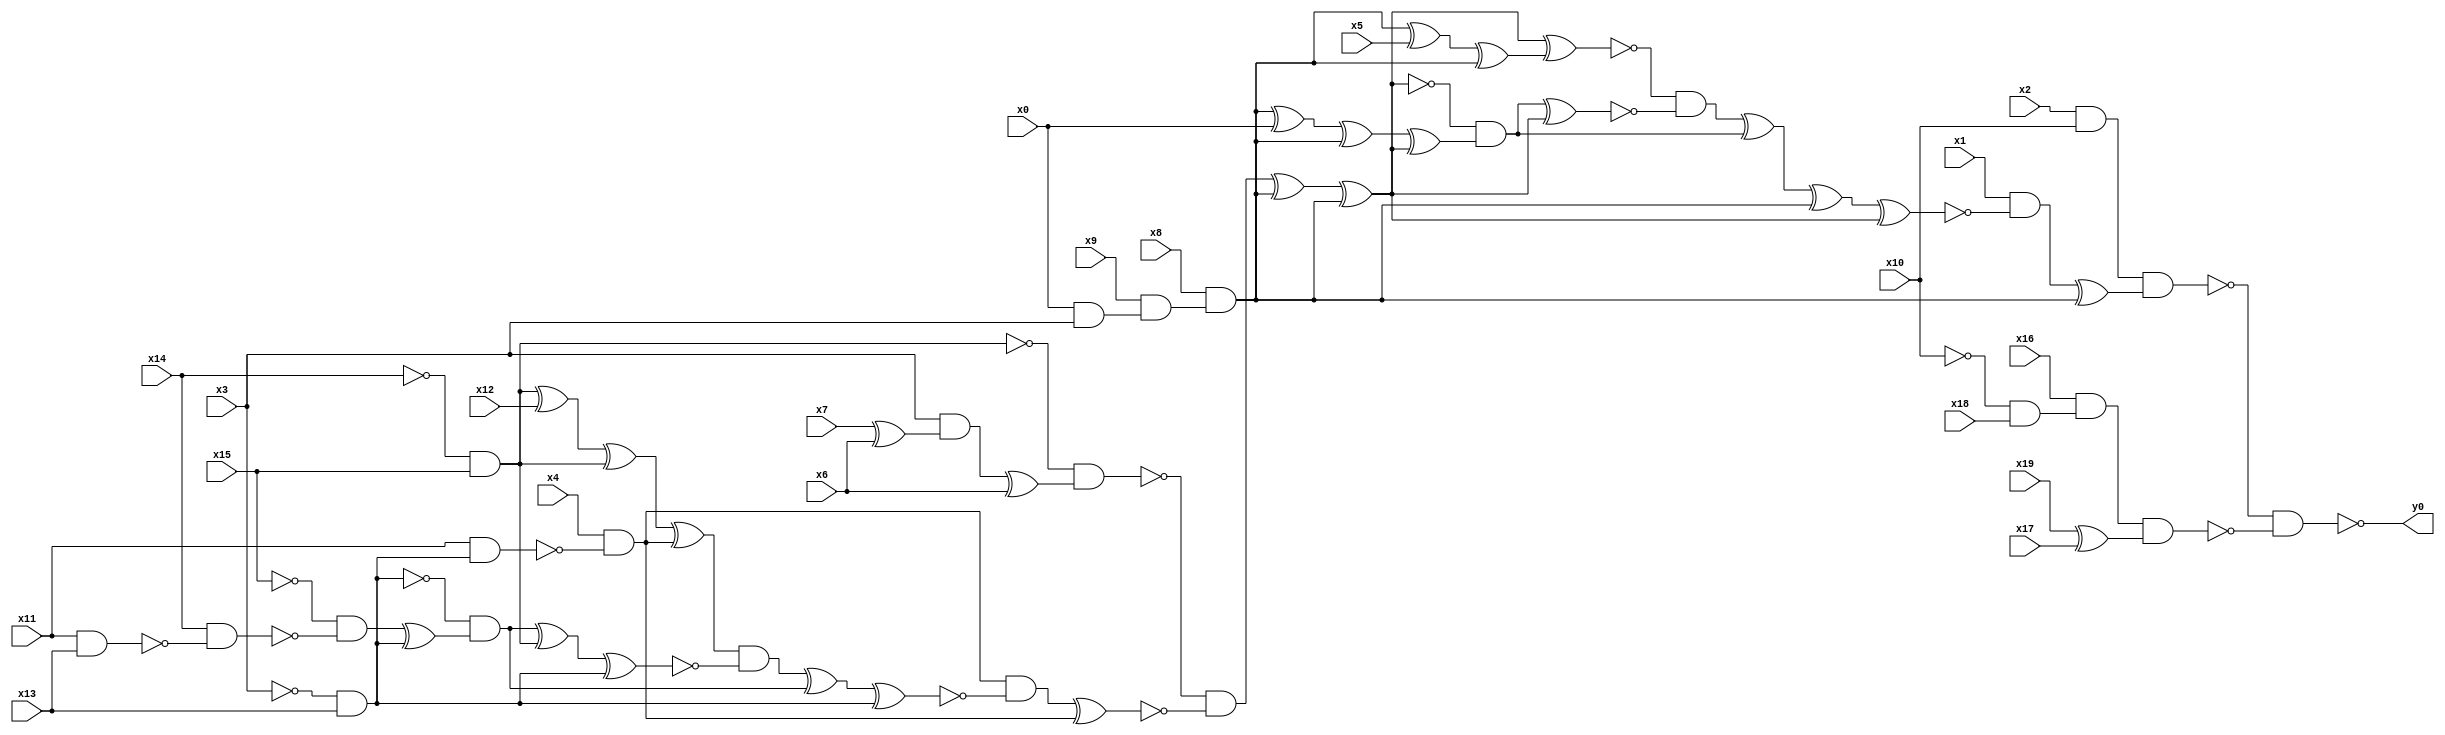
module top( x0 , x1 , x2 , x3 , x4 , x5 , x6 , x7 , x8 , x9 , x10 , x11 , x12 , x13 , x14 , x15 , x16 , x17 , x18 , x19 , y0 );
  input x0 , x1 , x2 , x3 , x4 , x5 , x6 , x7 , x8 , x9 , x10 , x11 , x12 , x13 , x14 , x15 , x16 , x17 , x18 , x19 ;
  output y0 ;
  wire n21 , n22 , n23 , n24 , n25 , n26 , n27 , n28 , n29 , n30 , n31 , n32 , n33 , n34 , n35 , n36 , n37 , n38 , n39 , n40 , n41 , n42 , n43 , n44 , n45 , n46 , n47 , n48 , n49 , n50 , n51 , n52 , n53 , n54 , n55 , n56 , n57 , n58 , n59 , n60 , n61 , n62 , n63 , n64 , n65 , n66 , n67 , n68 , n69 , n70 ;
  assign n21 = x2 & x10 ;
  assign n27 = ~x14 & x15 ;
  assign n28 = x7 ^ x6 ;
  assign n29 = x3 & n28 ;
  assign n30 = n29 ^ x6 ;
  assign n31 = ~n27 & n30 ;
  assign n32 = ~x3 & x13 ;
  assign n33 = x11 & n32 ;
  assign n34 = x4 & ~n33 ;
  assign n35 = n27 ^ x12 ;
  assign n36 = n35 ^ n27 ;
  assign n37 = n36 ^ n34 ;
  assign n38 = x11 & x13 ;
  assign n39 = x14 & ~n38 ;
  assign n40 = ~x15 & ~n39 ;
  assign n41 = n40 ^ n32 ;
  assign n42 = ~n32 & n41 ;
  assign n43 = n42 ^ n27 ;
  assign n44 = n43 ^ n32 ;
  assign n45 = n37 & ~n44 ;
  assign n46 = n45 ^ n42 ;
  assign n47 = n46 ^ n32 ;
  assign n48 = n34 & ~n47 ;
  assign n49 = n48 ^ n34 ;
  assign n50 = ~n31 & ~n49 ;
  assign n22 = x0 & x3 ;
  assign n23 = x9 & n22 ;
  assign n24 = x8 & n23 ;
  assign n51 = n50 ^ n24 ;
  assign n52 = n51 ^ n24 ;
  assign n25 = n24 ^ x5 ;
  assign n26 = n25 ^ n24 ;
  assign n53 = n52 ^ n26 ;
  assign n54 = n24 ^ x0 ;
  assign n55 = n54 ^ n24 ;
  assign n56 = n55 ^ n52 ;
  assign n57 = ~n52 & n56 ;
  assign n58 = n57 ^ n52 ;
  assign n59 = ~n53 & ~n58 ;
  assign n60 = n59 ^ n57 ;
  assign n61 = n60 ^ n24 ;
  assign n62 = n61 ^ n52 ;
  assign n63 = x1 & ~n62 ;
  assign n64 = n63 ^ n24 ;
  assign n65 = n21 & n64 ;
  assign n66 = ~x10 & x18 ;
  assign n67 = x16 & n66 ;
  assign n68 = x19 ^ x17 ;
  assign n69 = n67 & n68 ;
  assign n70 = ~n65 & ~n69 ;
  assign y0 = ~n70 ;
endmodule